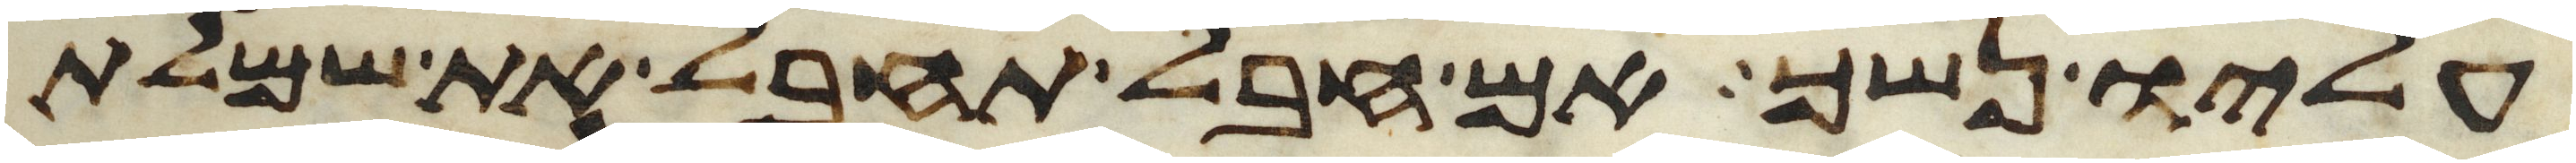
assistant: עליו נשך אם חבל תחבל את שמלת